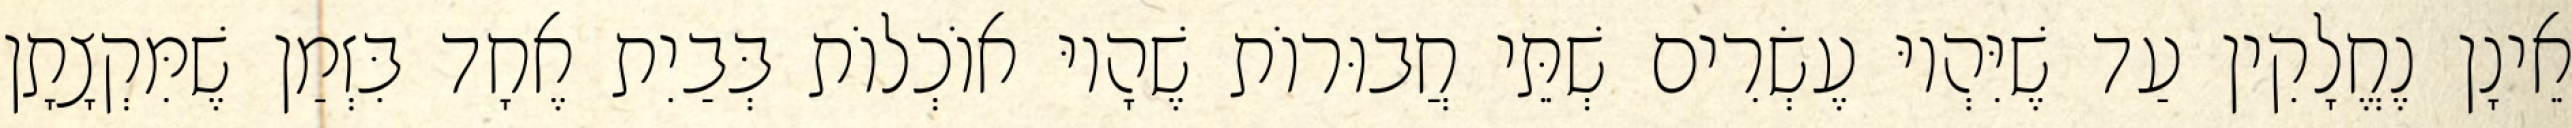
אֵינָן נֶחֱלָקִין עַד שֶׁיִּהְיוּ עֶשְׂרִים שְׁתֵּי חֲבוּרוֹת שֶׁהָיוּ אוֹכְלוֹת בְּבַיִת אֶחָד בִּזְמַן שֶׁמִּקְצָתָן